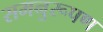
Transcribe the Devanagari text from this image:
समनुरूपण